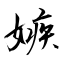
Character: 嫉